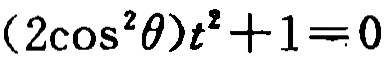
\((2\cos^{2}\theta)t^{2}+1 = 0\)